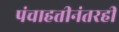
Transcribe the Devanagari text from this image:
पंचाहत्तीनंतरही